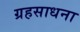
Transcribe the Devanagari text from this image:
ग्रहसाधना